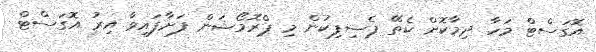
އޮގަސްޓް މަހާ ދިމާކޮށް ކެތޭ ޕެސިފިކުން މި ޕްރޮމޯޝަން ފަށާފައިވާ އިރު އޮގަސްޓް